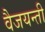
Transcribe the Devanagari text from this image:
वैजयन्‍ती